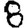
Digit: 8